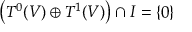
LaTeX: \left( T ^ { 0 } ( V ) \oplus T ^ { 1 } ( V ) \right) \cap I = \{ 0 \}